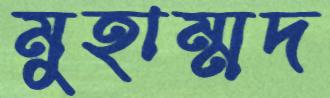
মুহাম্মদ